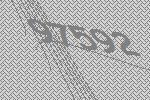
97592